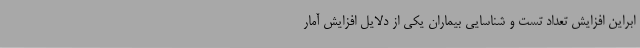
ابراین افزایش تعداد تست و شناسایی بیماران یکی از دلایل افزایش آمار